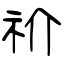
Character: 祄